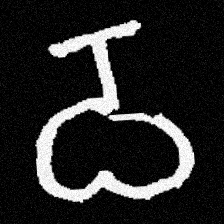
Pyu character \u2014 Myanmar letter: ဝ (romanized: wa)